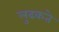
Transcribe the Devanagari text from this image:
लुढकते